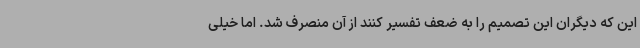
این که دیگران این تصمیم را به ضعف تفسیر کنند از آن منصرف شد. اما خیلی